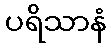
ပရိသာနံ